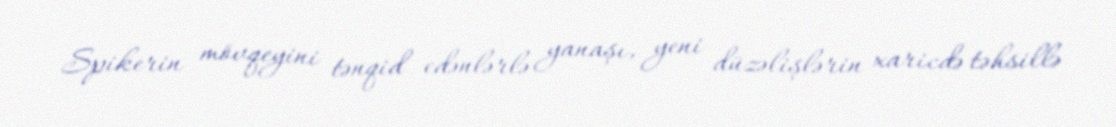
Spikerin mövqeyini tənqid edənlərlə yanaşı, yeni düzəlişlərin xaricdə təhsillə